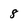
Character: 8